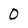
Character: 0